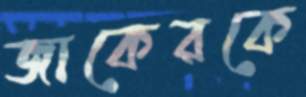
জাকেরকে